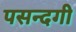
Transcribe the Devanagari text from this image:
पसन्दगी